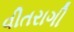
વીતરાગી